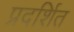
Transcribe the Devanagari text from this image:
प्रदर्शित